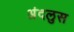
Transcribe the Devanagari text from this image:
अंदलुस